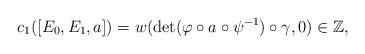
LaTeX: \begin{align*}c_1([E_0,E_1,a])=w(\det(\varphi\circ a\circ\psi^{-1})\circ\gamma,0)\in\mathbb{Z},\end{align*}